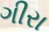
ગીરા